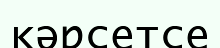
кәрсетсе